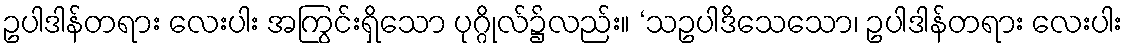
ဥပါဒါန်တရား လေးပါး အကြွင်းရှိသော ပုဂ္ဂိုလ်၌လည်း။ ‘သဥပါဒိသေသော၊ ဥပါဒါန်တရား လေးပါး